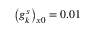
\left( g _ { k } ^ { s } \right) _ { x 0 } = 0 . 0 1